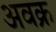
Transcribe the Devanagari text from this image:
अवक्र